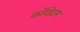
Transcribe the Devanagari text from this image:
कॉरडेटस